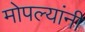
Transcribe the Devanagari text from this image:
मोपल्यांनी